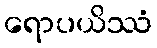
ရောပယိဿံ